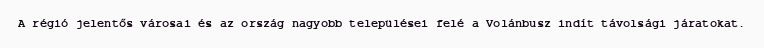
A régió jelentős városai és az ország nagyobb települései felé a Volánbusz indít távolsági járatokat.